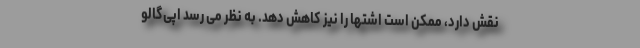
نقش دارد، ممکن است اشتها را نیز کاهش دهد. به نظر می رسد اپی‌گالو